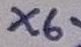
Text: X6